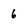
Character: 6